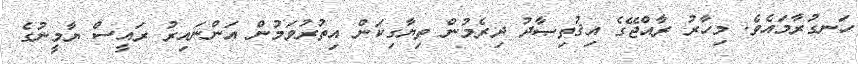
ހަނގުރާމައެވެ. މިހާރު ރާއްޖޭގެ އިޤުތިޞާދު ދިރެމުން ތިޔާގިކަން އިތުރުވަމުން އަންނައިރު ރައީސް ޔާމީނުގެ